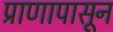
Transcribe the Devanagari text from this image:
प्राणापासून